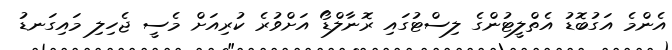
އެންމެ އަގުބޮޑު އެތްލީޓުންގެ ލިސްޓުގައި ރޮނާލްޑޯ އަށްވުރެ ކުރިއަށް މެސީ ޖެހިލި މައިގަނޑު